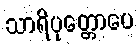
သာရိပုတ္တောပေ